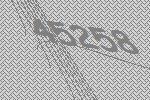
45258